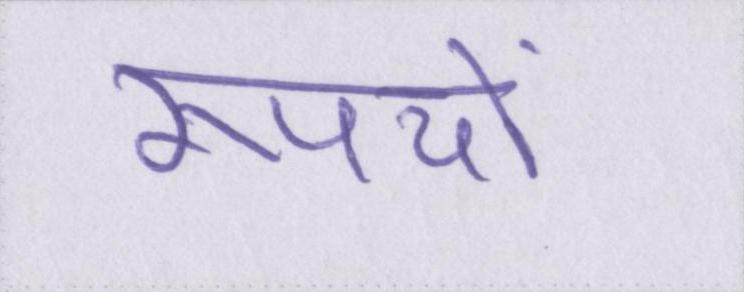
रूपयों